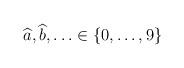
LaTeX: \begin{align*}\widehat{a},\widehat{b},\ldots \in \{0,\ldots ,9\}\end{align*}